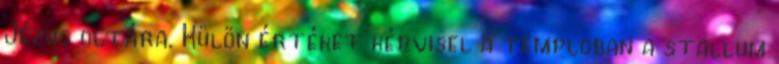
Jézus oltára. Külön értéket képvisel a temploban a stallum